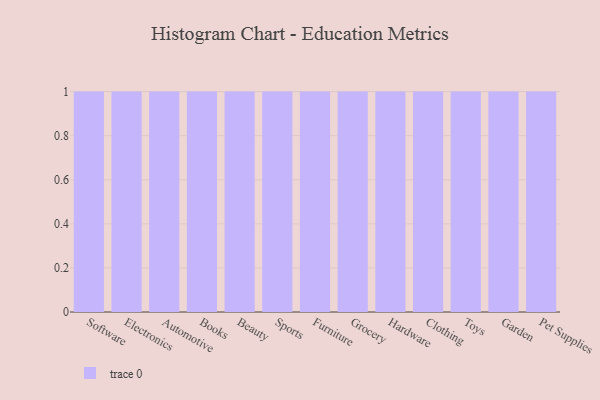
{"axis": {"x": "Category", "y": "Market Share (%)"}, "legend": [""], "data": [{"x": "Software", "y": 89, "type": ""}, {"x": "Electronics", "y": 47, "type": ""}, {"x": "Automotive", "y": 17, "type": ""}, {"x": "Books", "y": 78, "type": ""}, {"x": "Beauty", "y": 4, "type": ""}, {"x": "Sports", "y": 46, "type": ""}, {"x": "Furniture", "y": 32, "type": ""}, {"x": "Grocery", "y": 5, "type": ""}, {"x": "Hardware", "y": 23, "type": ""}, {"x": "Clothing", "y": 23, "type": ""}, {"x": "Toys", "y": 30, "type": ""}, {"x": "Garden", "y": 67, "type": ""}, {"x": "Pet Supplies", "y": 83, "type": ""}]}